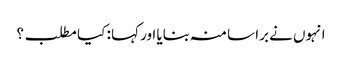
انہوں نے برا سا منہ بنایا اور کہا : کیا مطلب ؟